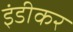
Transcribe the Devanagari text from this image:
इंडीकर